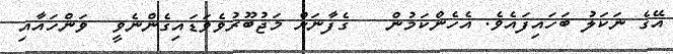
އޭގެ ނަކަލު ބަހައިފައެވެ. އެހެންކަމުން   ގެފާނަށް މަޖުބޫރުވެވަޑައިގެންނެވީ  ވަންހައާއި